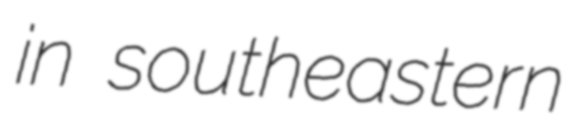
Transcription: in southeastern